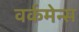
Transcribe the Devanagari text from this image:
वर्कमेन्स